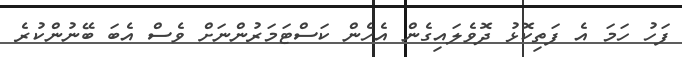
ފަހު ހަމަ އެ ފަތިކޮޅު ދޮވެލައިގެން އެހެން ކަސްޓަމަރުންނަށް ވެސް އެބަ ބޭނުންކުރެ